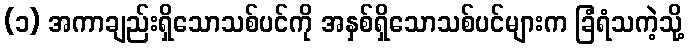
(၁) အကာချည်းရှိသောသစ်ပင်ကို အနှစ်ရှိသောသစ်ပင်များက ခြံရံသကဲ့သို့